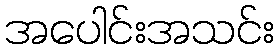
အပေါင်းအသင်း